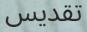
تقديس